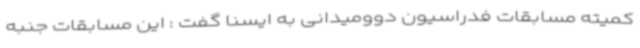
کمیته مسابقات فدراسیون دوومیدانی به ایسنا گفت : این مسابقات جنبه